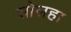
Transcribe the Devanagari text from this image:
सोलहा